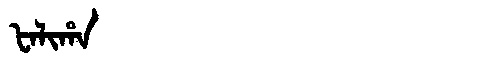
Manchu: ᡶᠠᠯᡳᡥᠠ
Romanization: FALIHA